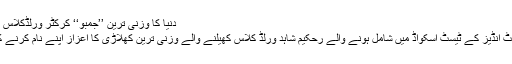
دنیا کا وزنی ترین ’’جمبو‘‘ کرکٹر ورلڈکلاس کھیلنے کو تیار -
چاگوارماس: ویسٹ انڈیز کے ٹیسٹ اسکواڈ میں شامل ہونے والے رحکیم شاہد ورلڈ کلاس کھیلنے والے وزنی ترین کھلاڑی کا اعزاز اپنے نام کرنے کے لیے تیار ہیں۔